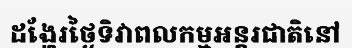
ដង្ហែរថ្ងៃទិវាពលកម្មអន្តរជាតិនៅ